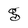
Character: g